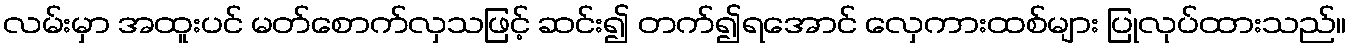
လမ်းမှာ အထူးပင် မတ်စောက်လှသဖြင့် ဆင်း၍ တက်၍ရအောင် လှေကားထစ်များ ပြုလုပ်ထားသည်။